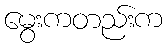
မွေးကတည်းက